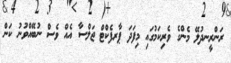
ރަންރީނދުލޭ މެންގެ ވެރިކަމުގައި މިފަދަ ޕާރފެކްޓް ޖަލްސާ އެއް ވެސް ނުބޭއްވުނު ކަން